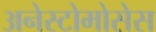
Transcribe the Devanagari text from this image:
अनेस्टोमोसेस